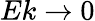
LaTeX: Ek\rightarrow 0